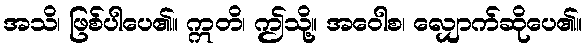
အသိ၊ ဖြစ်ပါပေ၏။ ဣတိ၊ ဤသို့။ အဝေါစ၊ လျှောက်ဆိုပေ၏။